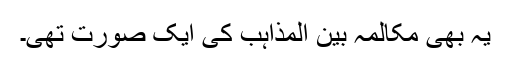
یہ بھی مکالمہ بین المذاہب کی ایک صورت تھی۔